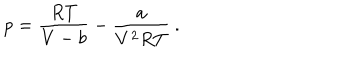
p = { \frac { R T } { V - b } } - { \frac { a } { V ^ { 2 } R T } } \ .